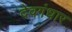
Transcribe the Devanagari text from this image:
देवगंधार